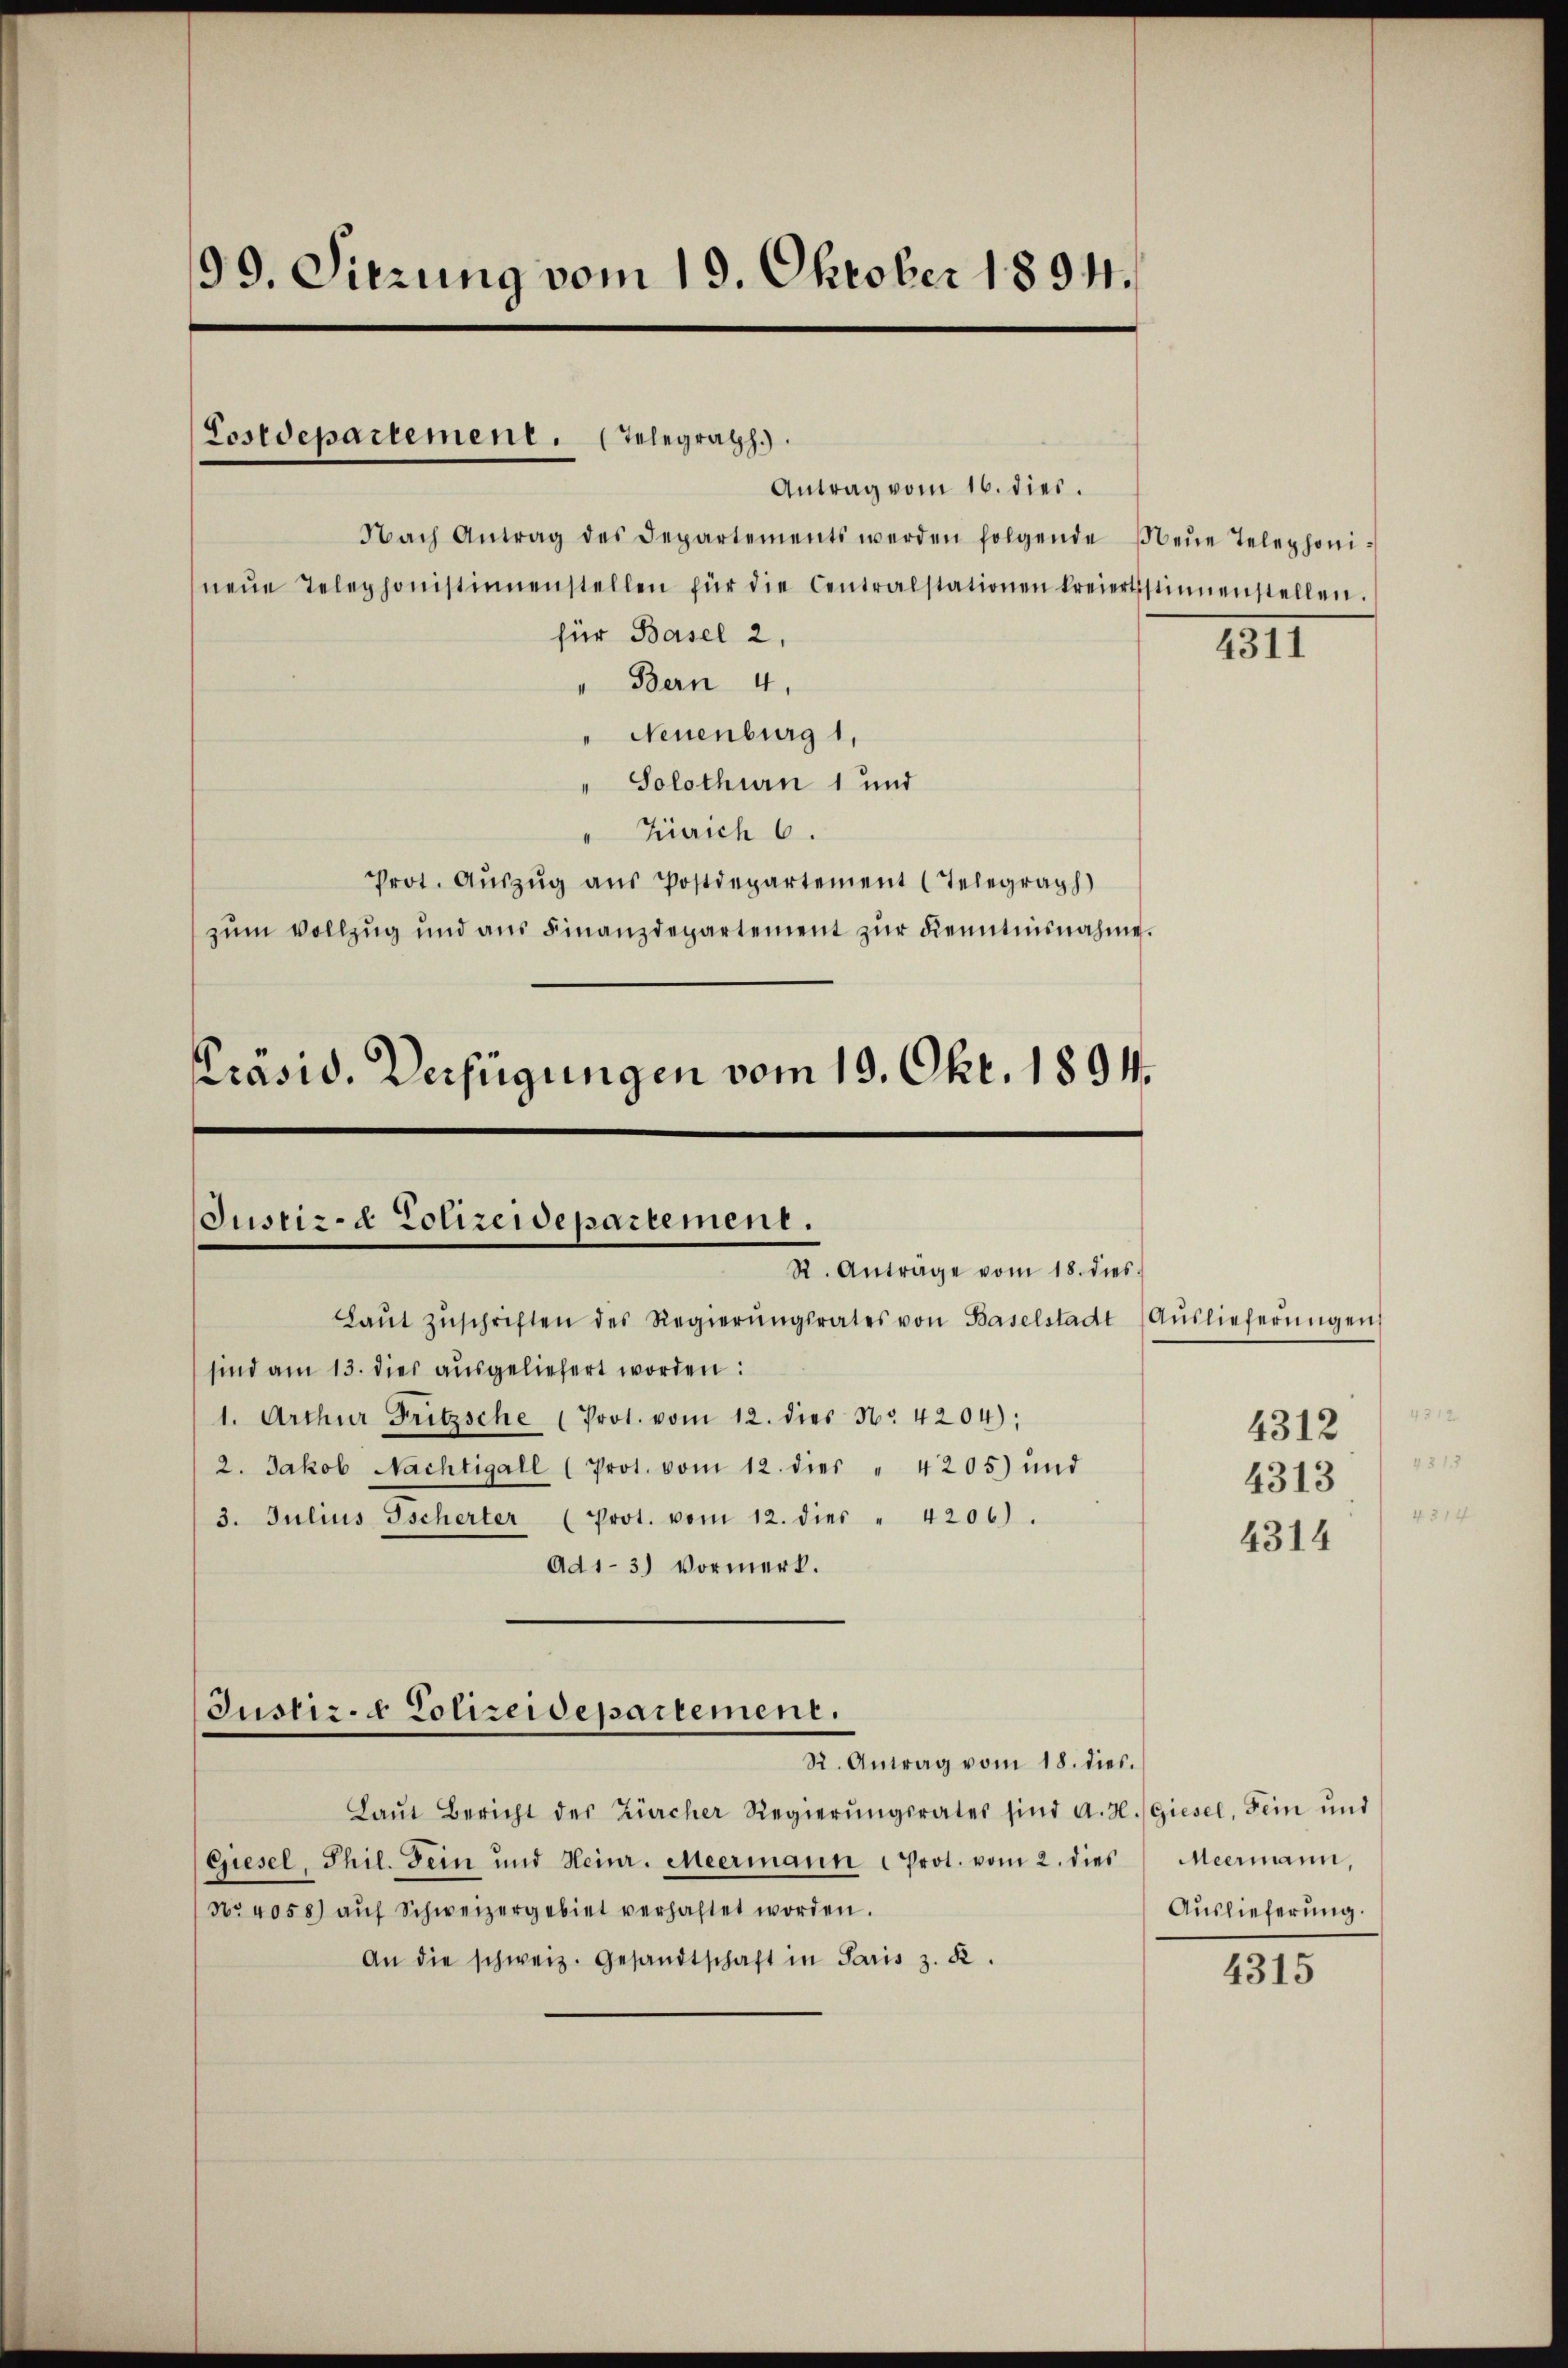
99. Sitzung vom 19. Oktober 1894.

Antrag vom 16. dies.
Nach Antrag des Departements werden folgende Neŭe Telephoni-
neŭe Telephonistinnenstellen für die Centralstationen kreiertsstimenstellen.
für Basel 2.
" Bern 4.
Neuenburg 1.
Solothurn 1 und
Zürich 6.
Prot. Auszug aus Postdepartement (Telegraph
zum Vollzug und aus Finanzdepartement zur Kenntnisnahme.

Costdepartement. Telegrath

Präsid. Verfügungen vom 19. Okt. 1891.

Justiz- & Polizeidepartement.
R. Anträge vom 18. dies
Laŭt zŭschriften des Regierŭngsrates von Baselstadt (Aŭslieferŭngen
sind am 13. dies ausgeliefert worden:

1. Arthur Fritzsche (Prot. vom 12. dies No. 4204);
2. Jakob Nachtigall (Prot. vom 12. dies " 4205) und
3. Julius Tscherter (Prot. vom 12. dies " 4206).
Ad 1-3.) Vormerk.

Justiz- & Polizeidepartement.
R. Antrag vom 18. dies.

Laŭt Bericht des Zürcher Regierŭngsrates sind A. H. Giesel, Fein und
Giesel, Phil. Fein und Heinr. Meermann Prot. vom 2. dies
No. 4058) aŭf Schweizergebiet verhaltet worden.
An die schweiz. Gesandtschaft in Paris z. K.

IIII

4
4312
4
4313
4314

Meermann,
Auslieferung.

4315